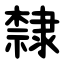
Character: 隸